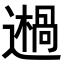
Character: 𨗷